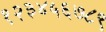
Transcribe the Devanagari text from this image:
१२३४५६७८९